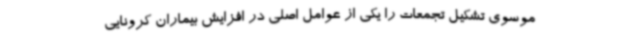
موسوی تشکیل تجمعات را یکی از عوامل اصلی در افزایش بیماران کرونایی